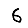
Digit: 6